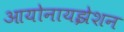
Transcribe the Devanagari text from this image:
आयोनायझेशन